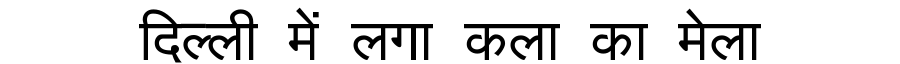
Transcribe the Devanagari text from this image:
दिल्ली में लगा कला का मेला